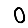
Digit: 0